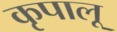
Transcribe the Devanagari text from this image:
कृपालू